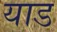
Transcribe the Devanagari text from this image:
याड